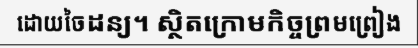
ដោយចៃដន្យ។ ស្ថិតក្រោមកិច្ចព្រមព្រៀង